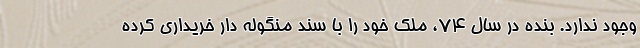
وجود ندارد. بنده در سال ۷۴، ملک خود را با سند منگوله دار خریداری کرده